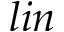
l i n